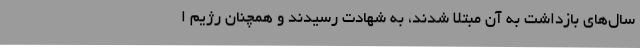
سال‌های بازداشت به آن مبتلا شدند، به شهادت رسیدند و همچنان رژیم ا